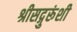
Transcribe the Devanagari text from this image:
श्रीसद्गुरूंशी